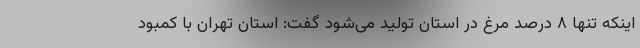
اینکه تنها ۸ درصد مرغ در استان تولید می‌شود گفت: استان تهران با کمبود